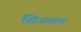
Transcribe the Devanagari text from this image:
शिजतात